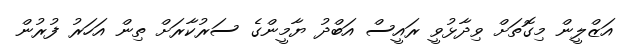
އަޒްލީން މިގޮތަށް ވިދާޅުވީ ރައީސް އަބްދު ޔާމީންގެ ސަރުކާރަށް ތިން އަހަރު ފުރުން